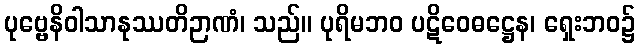
ပုဗ္ဗေနိဝါသာနုဿတိဉာဏံ၊ သည်။ ပုရိမဘဝ ပဋိဝေဓဋ္ဌေန၊ ရှေးဘဝ၌